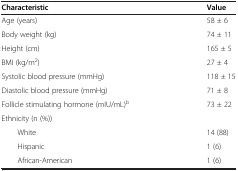
| Characteristic | Value |
 | --- | --- |
 | Age (years) | 58 ± 6 |
 | Body weight (kg) | 74 ± 11 |
 | Height (cm) | 165 ± 5 |
 | BMI (kg/m2) | 27 ± 4 |
 | Systolic blood pressure (mmHg) | 118 ± 15 |
 | Diastolic blood pressure (mmHg) | 71 ± 8 |
 | Follicle stimulating hormone (mIU/mL)b | 73 ± 22 |
 | Ethnicity (n (%)) |  |
 | White | 14 (88) |
 | Hispanic | 1 (6) |
 | African-American | 1 (6) |